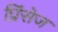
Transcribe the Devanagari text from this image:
प्रिंसेज